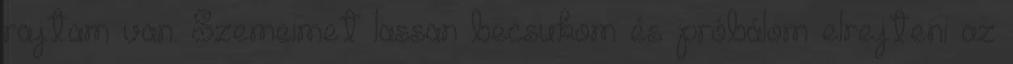
rajtam van. Szemeimet lassan becsukom és próbálom elrejteni az